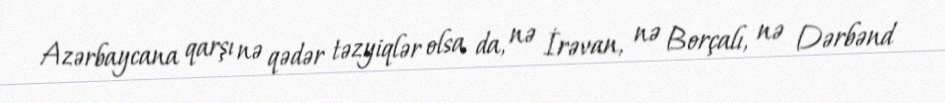
Azərbaycana qarşı nə qədər təzyiqlər olsa da, nə İrəvan, nə Borçalı, nə Dərbənd